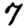
Digit: 7